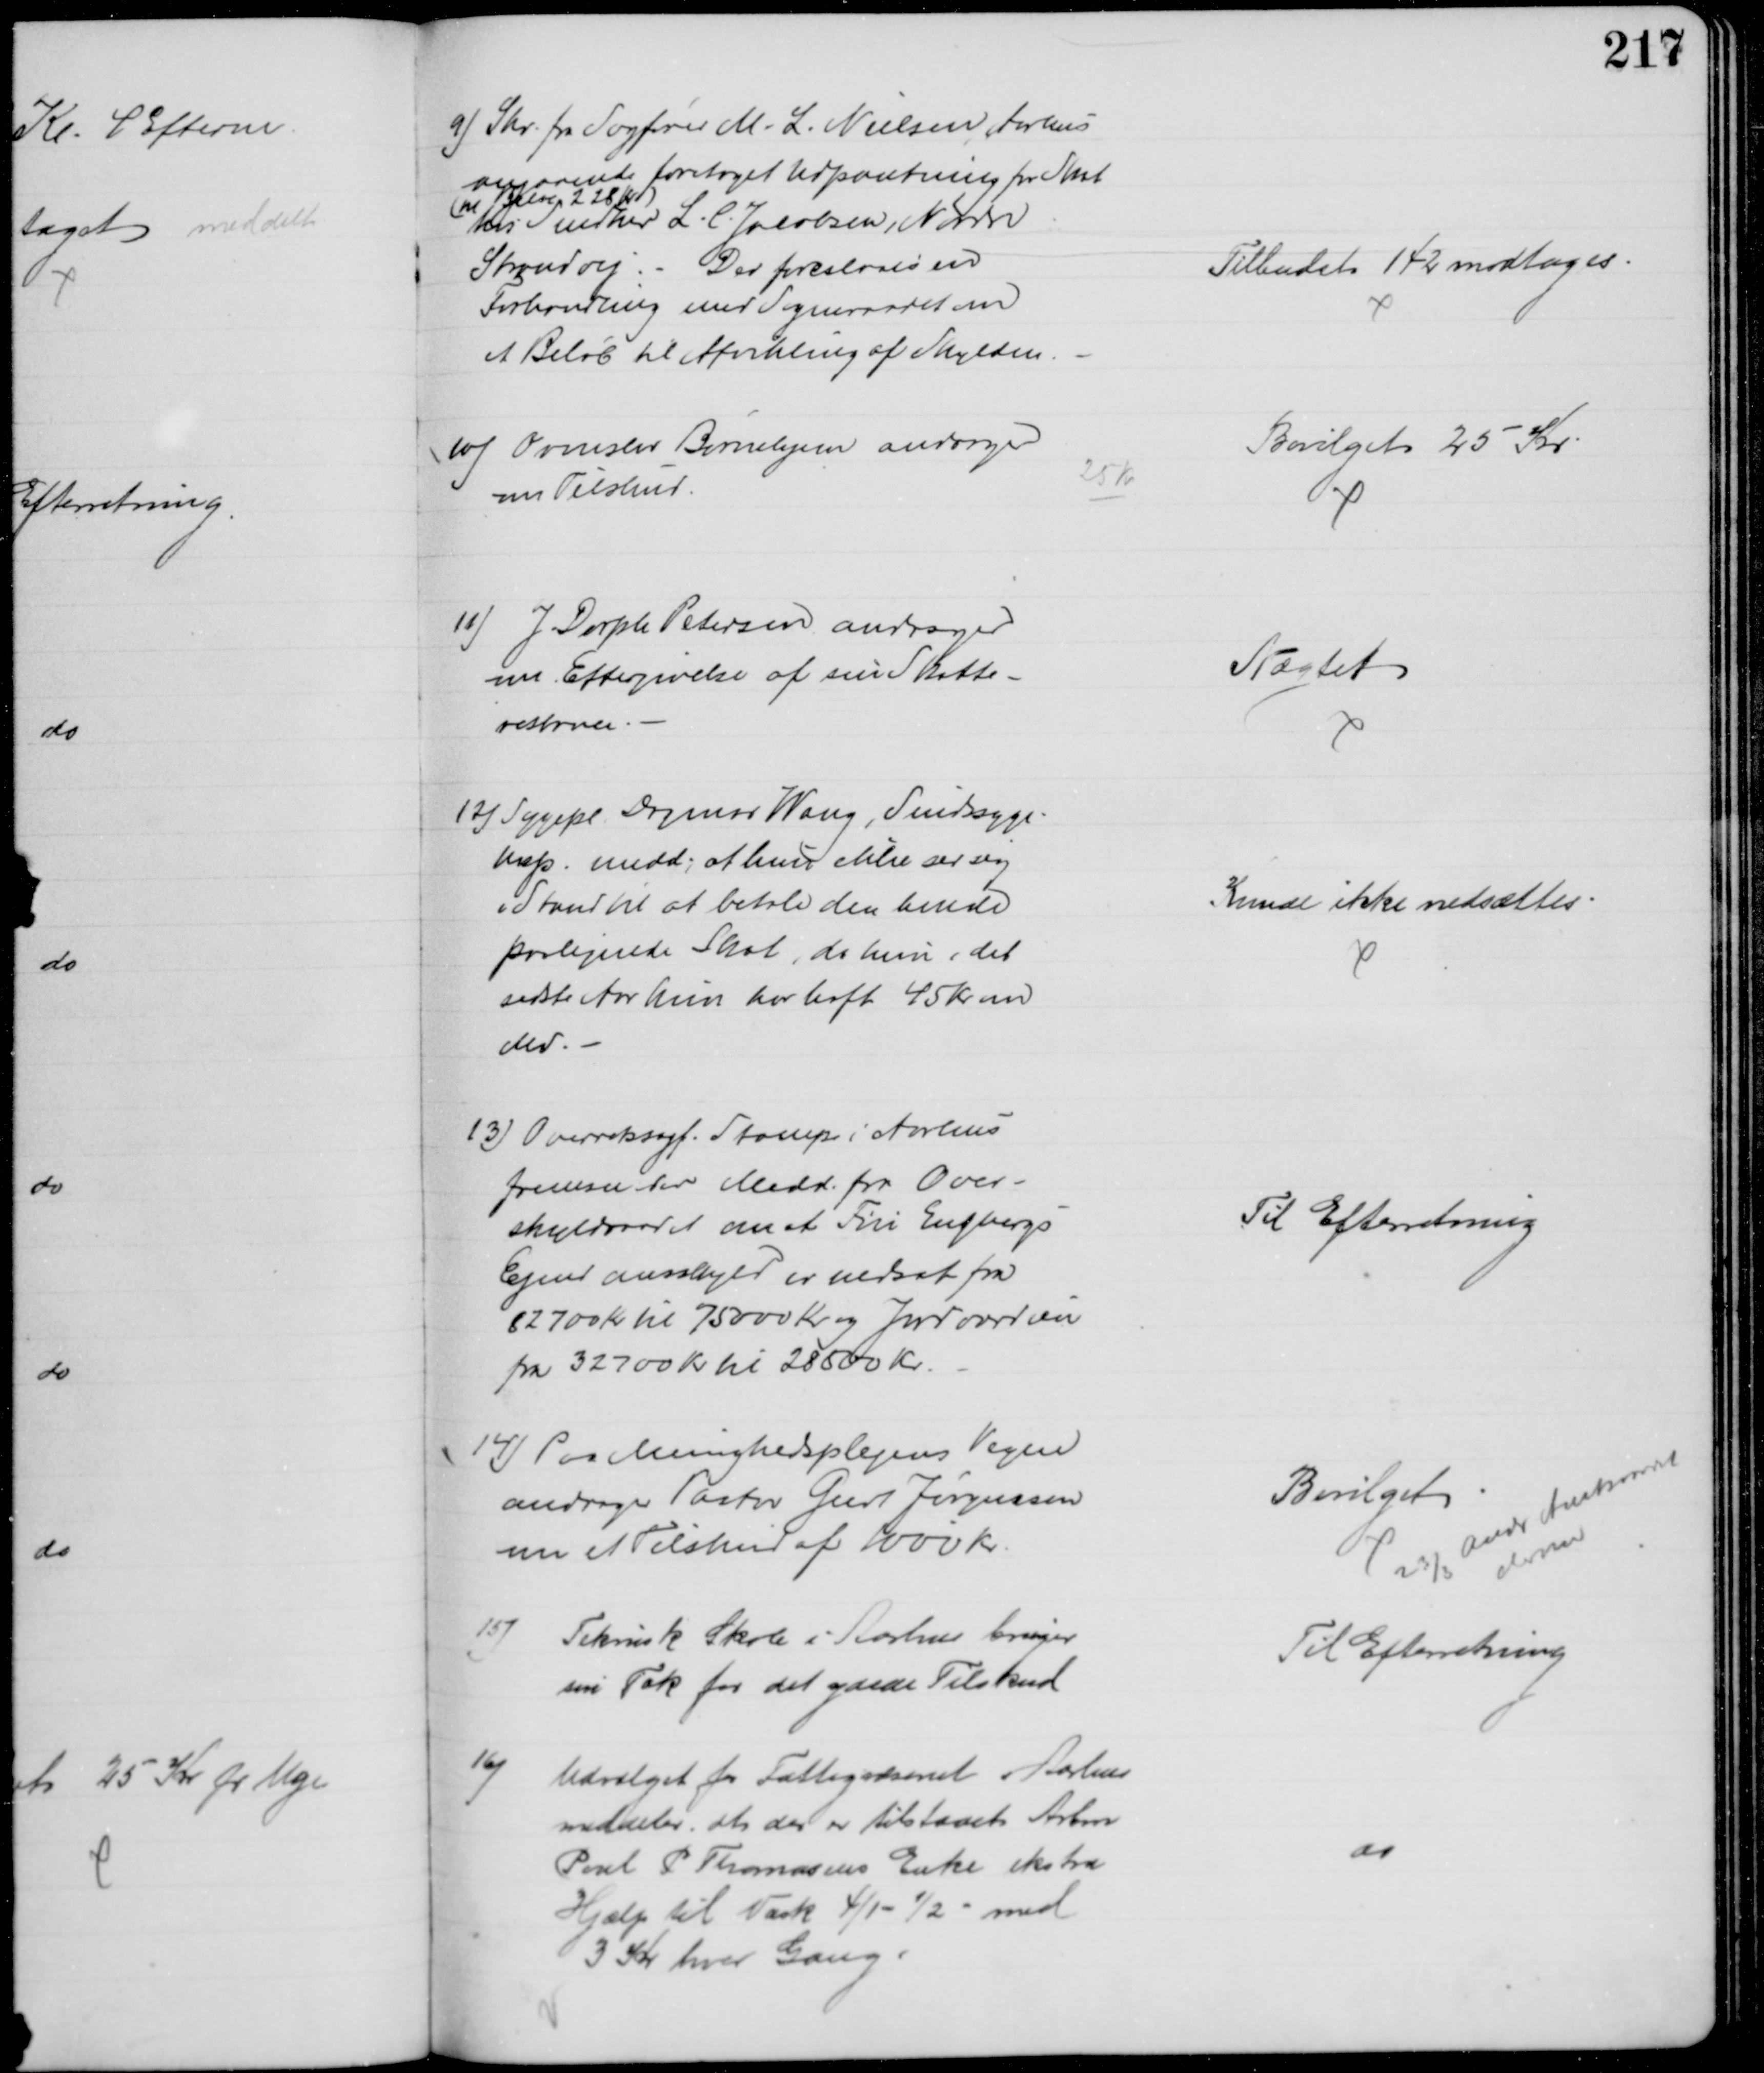
Transskription:
9) Skr. fra Sagfører M. L. Nielsen, Aarhus
angaaende foretaget Udpantning for Skat
(til Beløb 228 Kr)
hos Snedker L. C. Jacobsen, Nordre
Strandvej. Der foreslaaes en
Forhandling med Sogneraadet om
et Beløb til Afvikling af Skylden 
Tilbudet 142 modtages.
10) Ormslev Børnehjem andrager
om Tilskud
25 Kr
Bevilget 25 Kr
11) J. Dorph Petersen andrager
om Eftergivelse af sin Skatte-
restance.
Nægtet
12) Sygepl. Dagmar Wang, Sindssyge-
hosp. medd. at hun ikke ser sig 
i Stand til at betale den hende
paalignede Skat, da hun i det
sidste Aar kun har haft 45 Kr om
Md.
Kunde ikke nedsættes
13) Overretssagf. Stampe i Aarhus
fremsender Medd. fra Over-
skyldraadet om at Fru Engbergs
Ejendomsskyld er nedsat fra
82700 Kr til 75000 Kr og Jordværdien
fra 32700 Kr til 28500 Kr.
Til Efterretning
14) Paa Menighedsplejens Vegne
andrager Pastor Geert Jørgensen
om et Tilskud af 1000 kr.
Bevilget
23/3 andr Amtsraadet
derom
15)
Teknisk Skole i Aarhus bringer
sin Tak for det ydede Tilskud
Til Efterretning
16)
Udvalget for Fattigvæsenet i Aarhus 
meddeler, at der er tilstaaet Arbm
Poul P Thomasens Enke ekstra
Hjælp til Vask 4/1 - 1/2 - med
3 Kr hver Gang.
do